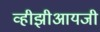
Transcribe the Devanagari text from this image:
व्हीझीआयजी